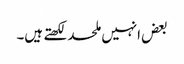
بعض انہیں ملحد لکھتے ہیں۔